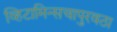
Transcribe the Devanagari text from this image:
व्हिटामिन्सचापुरवठा